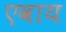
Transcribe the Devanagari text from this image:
एवाय